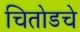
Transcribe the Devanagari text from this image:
चितोडचे